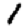
Digit: 1